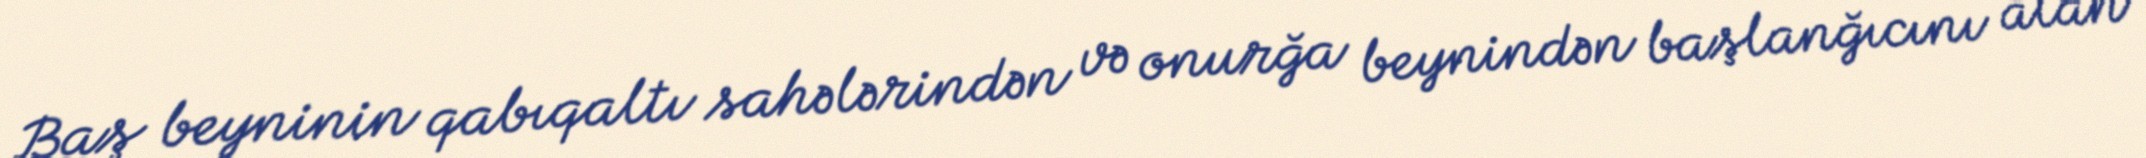
Baş beyninin qabıqaltı sahələrindən və onurğa beynindən başlanğıcını alan